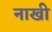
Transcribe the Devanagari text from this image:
नाखी